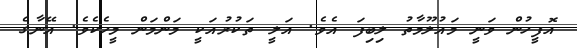
އޮފީހުން ވަނީ މައުލޫމާތު ލިބިފަ އެވެ. އަލީ ތަކުރުއަކީ މަންމަން މީހެކެވެ. އޭނާގެ